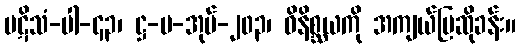
ပဋိသံ-ပါ-၄၃၊ ဋ္ဌ-ပ-အုပ်-၂၀၃၊ ဝိနိစ္ဆယကို အကျယ်ပြဆိုခန်း။